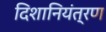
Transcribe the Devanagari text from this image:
दिशानियंत्रण